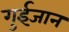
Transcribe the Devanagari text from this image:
गुईजान